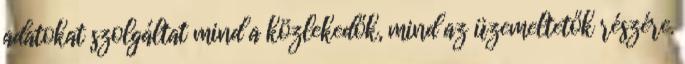
adatokat szolgáltat mind a közlekedők, mind az üzemeltetők részére.